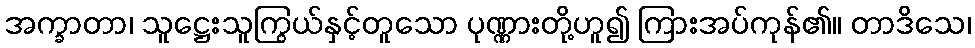
အက္ခာတာ၊ သူဋ္ဌေးသူကြွယ်နှင့်တူသော ပုဏ္ဏားတို့ဟူ၍ ကြားအပ်ကုန်၏။ တာဒိသေ၊